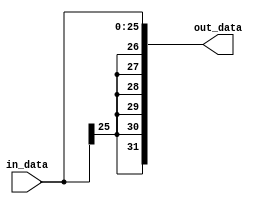
module tr_concat(in_data,out_data);
  
  input wire [25:0] in_data;
  output wire [31:0] out_data;
  
  assign out_data={{6{in_data[25]}},in_data};
  
endmodule